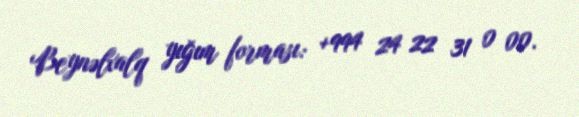
Beynəlxalq yığım forması: +994 24 22 31 0 00.